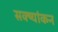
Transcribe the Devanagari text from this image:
सक्ष्यांकन